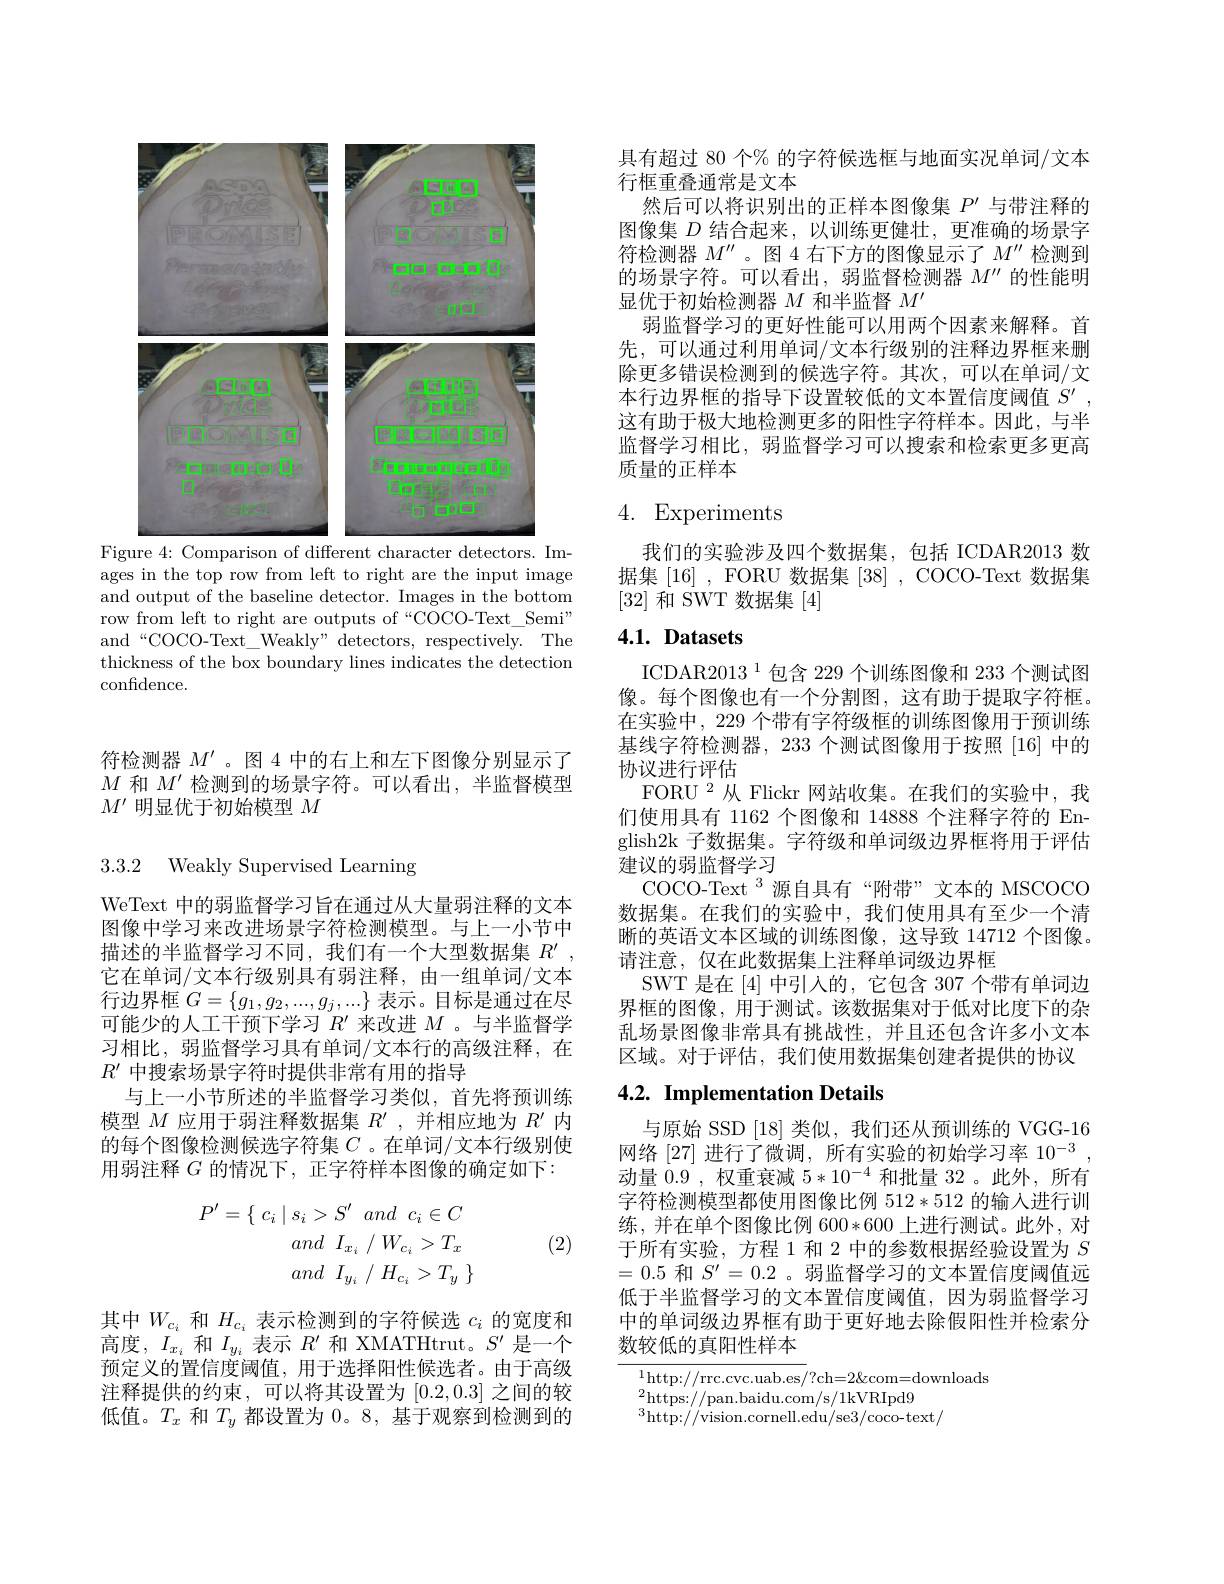
<FigureHere>
Figure 4: Comparison of different character detectors. Im-

ages in the top row from left to right are the input image and output of the baseline detector. Images in the bottom row from left to right are outputs of “COCO-Text\_Semi" $and“COCO-Text\_Weakly” detectors, respectively. The$ thickness of the box boundary lines indicates the detection confidence.

符检测器$M^{\prime}$ 。图 4 中的右上和左下图像分别显示了$M$和$M^{\prime}$检测到的场景字符。可以看出，半监督模型$M^{\prime}$明显优于初始模型$M$

3.3.2 Weakly Supervised Learning

WeText 中的弱监督学习旨在通过从大量弱注释的文本图像中学习来改进场景字符检测模型。与上一小节中描述的半监督学习不同，我们有一个大型数据集$R^{\prime}$ 它在单词/文本行级别具有弱注释，由一组单词/文本行边界框$G=\{g_1,g_2,...,g_j,...\}$表示。目标是通过在尽可能少的人工干预下学习$R^\prime$来改进$M$ 。与半监督学习相比，弱监督学习具有单词/文本行的高级注释，在$R^{\prime}$中搜索场景字符时提供非常有用的指导
与上一小节所述的半监督学习类似，首先将预训练模型$M$应用于弱注释数据集$R^\prime$,并相应地为$R^{\prime}$内的每个图像检测候选字符集$C$ 。在单词/文本行级别使用弱注释$G$的情况下，正字符样本图像的确定如下：
$$\begin{aligned}P'=\{\:c_i\mid s_i>S'\:and\:c_i\in C\\and\:I_{x_i}\:/\:W_{c_i}>T_x\\and\:I_{y_i}\:/\:H_{c_i}>T_y\:\}\end{aligned}$$
(2)

其中$W_{c_i}$和$H_{c_i}$表示检测到的字符候选$c_i$的宽度和高度，$I_{x_i}$和$I_y_i$表示$R^\prime$和 XMATHtrut。$S^\prime$是一个预定义的置信度阈值，用于选择阳性候选者。由于高级注释提供的约束，可以将其设置为[0.2,0.3]之间的较低值。$T_x$和$T_y$都设置为0。8,基于观察到检测到的

具有超过 80 个% 的字符候选框与地面实况单词/文本
行框重叠通常是文本
然后可以将识别出的正样本图像集$P^\prime$与带注释的图像集$D$结合起来，以训练更健壮，更准确的场景字符检测器$M^{\prime\prime}$ 。图 4 右下方的图像显示了$M^{\prime\prime}$检测到的场景字符。可以看出，弱监督检测器$M^\prime\prime$的性能明显优于初始检测器$M$和半监督$M^\prime$
弱监督学习的更好性能可以用两个因素来解释。首先，可以通过利用单词/文本行级别的注释边界框来删除更多错误检测到的候选字符。其次，可以在单词/文本行边界框的指导下设置较低的文本置信度阈值$S^{\prime }$ , 这有助于极大地检测更多的阳性字符样本。因此，与半监督学习相比，弱监督学习可以搜索和检索更多更高质量的正样本

# 4. Experiments

我们的实验涉及四个数据集，包括 ICDAR2013 数据集[16]~,~FORU~数据集~[38]~,~COCO-Text~数据集[32]和 SWT 数据集[4]

# $4. 1. \textbf{Datasets}$

ICDAR2013$^{1}$包含 229个训练图像和 233 个测试图像。每个图像也有一个分割图，这有助于提取字符框。在实验中，229 个带有字符级框的训练图像用于预训练基线字符检测器，233 个测试图像用于按照 [16] 中的协议进行评估
FORU $^{2}$从 Flickr 网站收集。在我们的实验中，我们使用具有 1162 个图像和 14888 个注释字符的 English2k 子数据集。字符级和单词级边界框将用于评估建议的弱监督学习
COCO-Text$^{3}$源自具有“附带”文本的 MSCOCO 数据集。在我们的实验中，我们使用具有至少一个清晰的英语文本区域的训练图像，这导致 14712 个图像。请注意，仅在此数据集上注释单词级边界框
SWT 是在 [4] 中引入的，它包含 307 个带有单词边界框的图像，用于测试。该数据集对于低对比度下的杂乱场景图像非常具有挑战性，并且还包含许多小文本区域。对于评估，我们使用数据集创建者提供的协议

# 4.2. Implementation Details

与原始 SSD [18] 类似，我们还从预训练的 VGG-16网络[27]进行了微调，所有实验的初始学习率$10^{-3}$, 动量 0.9 , 权重衰减$5*10^-4$和批量 32 。此外，所有字符检测模型都使用图像比例 512*512 的输入进行训练，并在单个图像比例 600*600 上进行测试。此外，对于所有实验，方程 1 和 2 中的参数根据经验设置为$S$ =0.5和$S^\prime=0.2$ 。弱监督学习的文本置信度阈值远低于半监督学习的文本置信度阈值，因为弱监督学习中的单词级边界框有助于更好地去除假阳性并检索分数较低的真阳性样本

$^{1}$http://rrc.cvc.uab.es/?ch=2Qcom=downloads
$^{2}$https://pan.baidu.com/s/1kVRIpd9
$^{3}$http://vision.cornell.edu/se3/coco-text/